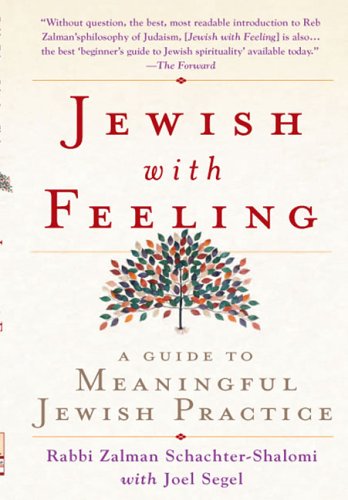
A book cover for Jewish With Feeling: A Guide to Meaningful Jewish Practice; Zalman Schachter; Religion & Spirituality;